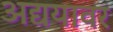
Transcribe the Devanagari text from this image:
अद्ययावर